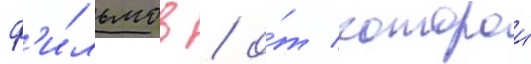
ф'и́льмов / о́т которои